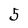
Character: 5